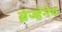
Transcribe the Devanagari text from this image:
ब्रेज्हेनेव